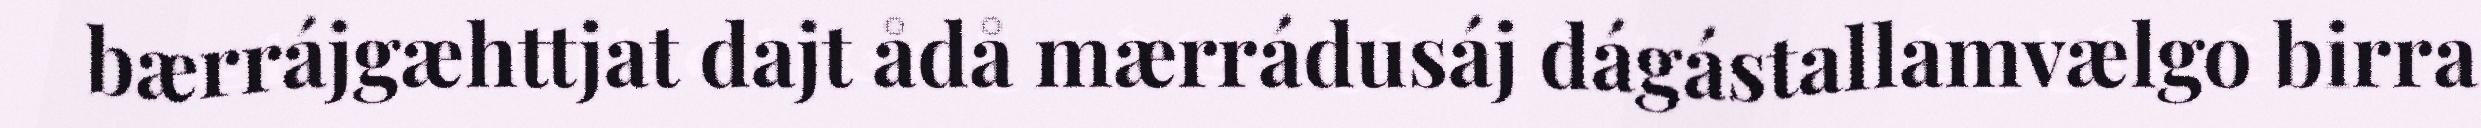
bærrájgæhttjat dajt ådå mærrádusáj dágástallamvælgo birra